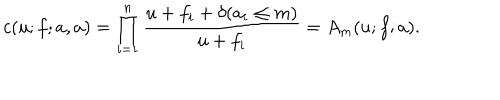
LaTeX: c ( u ; f ; a , a ) = \prod _ { i = 1 } ^ { n } \frac { u + f _ { i } + \delta ( a _ { i } \leq m ) } { u + f _ { i } } = A _ { m } ( u ; f ; a ) .